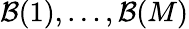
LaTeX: \mathcal{B}(1),\dots,\mathcal{B}(M)